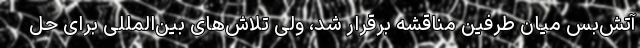
آتش‌بس میان طرفین مناقشه برقرار شد، ولی تلاش‌های بین‌المللی برای حل